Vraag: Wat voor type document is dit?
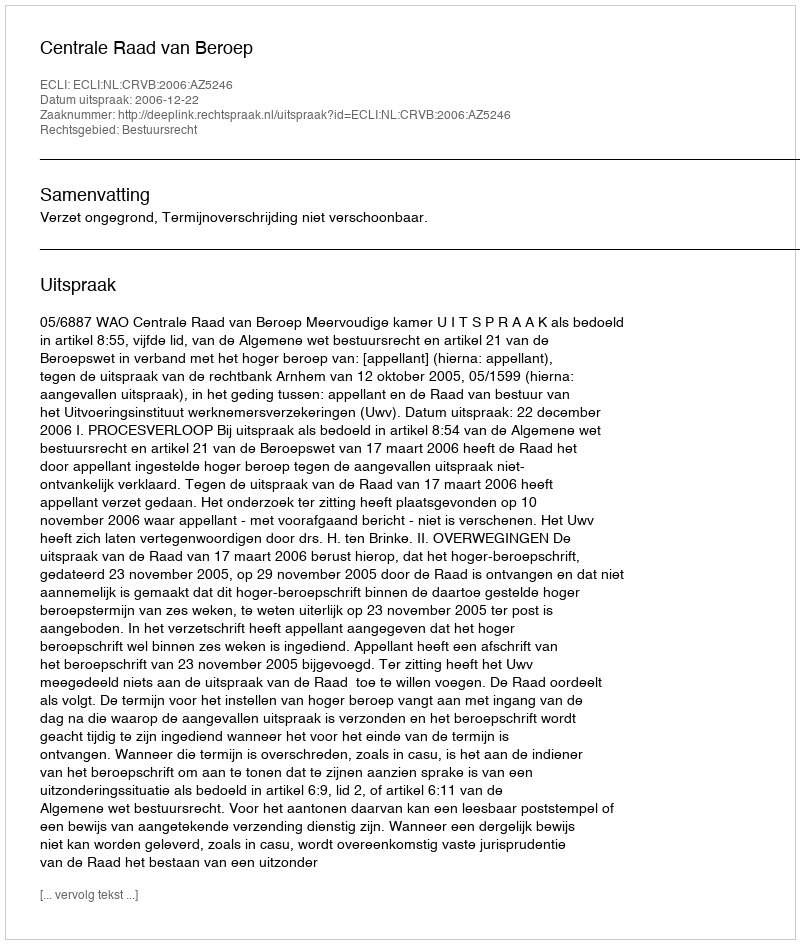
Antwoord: Uitspraak